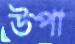
উপা